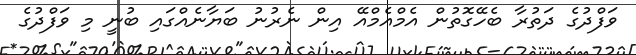
ވަފްދުގެ ދަތުރާ ބެހޭގޮތުން އެމްއެމްއޭ އިން ނެރުނު ބަޔާނެއްގައި ބުނީ މި ވަފްދުގެ